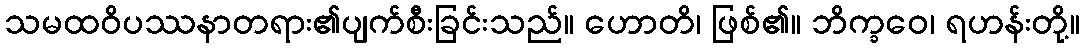
သမထဝိပဿနာတရား၏ပျက်စီးခြင်းသည်။ ဟောတိ၊ ဖြစ်၏။ ဘိက္ခဝေ၊ ရဟန်းတို့။